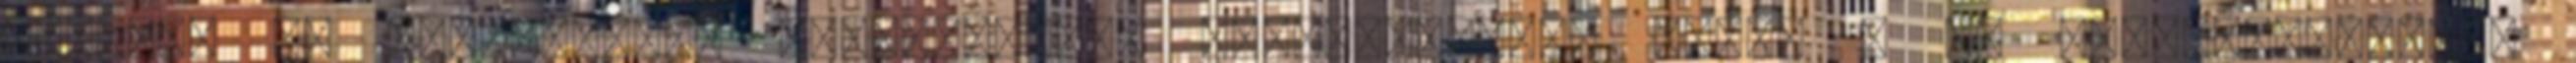
Személy és vállalkozói biztosítások Vagyonkezelés Banki – és tőkebefektetési